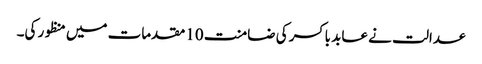
عدالت نے عابد باکسر کی ضامنت 10مقدمات میں منظور کی۔